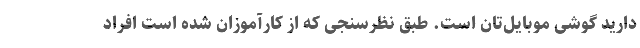
دارید گوشی موبایل‌تان است. طبق نظرسنجی که از کارآموزان شده است افراد